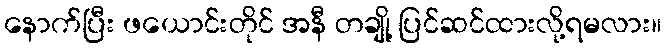
နောက်ပြီး ဖယောင်းတိုင် အနီ တချို့ ပြင်ဆင်ထားလို့ရမလား။